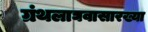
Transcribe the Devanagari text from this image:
ग्रंथलाघवासारख्या